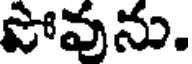
పోవును.